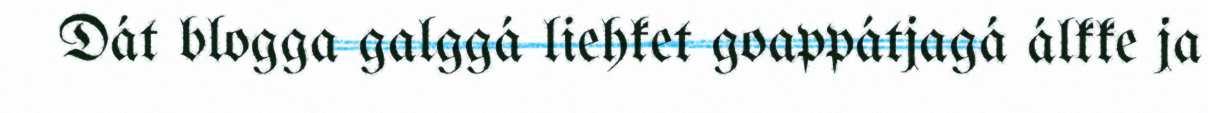
Dát blogga galggá liehket goappátjagá álkke ja